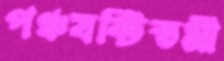
পঞ্চষষ্টিতমী